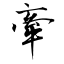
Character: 牽